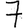
Digit: 7